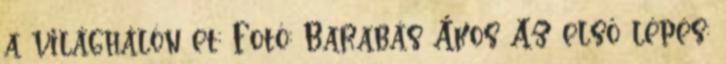
a világhálón et; Fotó: Barabás Ákos Az első lépés: